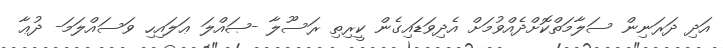
އަދި ދަރަނިން ސަލާމަތްކޮށްދެއްވުމަށް އެދިވަޑައިގެން ކީރިތި ރަސޫލާ -ޞައްލަ ޢަލައިހި ވަސައްލަމަ- ދުޢާ